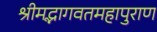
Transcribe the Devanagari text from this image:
श्रीमद्भागवतमहापुराण